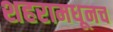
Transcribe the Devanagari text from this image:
शहरामधूनच